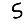
Digit: 5